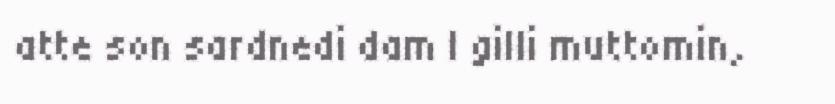
atte son sardnedi dam | gilli muttomin,